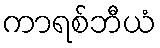
ကာရစ်ဘီယံ